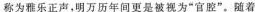
称为雅乐正声，明万历年间更是被视为”官腔”。随着